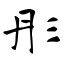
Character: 彤